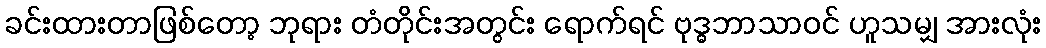
ခင်းထားတာဖြစ်တော့ ဘုရား တံတိုင်းအတွင်း ရောက်ရင် ဗုဒ္ဓဘာသာဝင် ဟူသမျှ အားလုံး